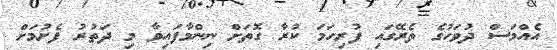
އެއްމަސް ދުވަހުގެ ތެރޭގައި ފުރިހަމަ ކުރާ ގޮތަށް ނިންމާފައިވާ މި ދަތުރު ފެށުމަށް